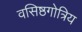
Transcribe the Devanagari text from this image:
वसिष्ठगोत्रिय